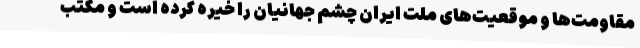
مقاومت‌ها و موقعیت‌های ملت ایران چشم جهانیان را خیره کرده است و مکتب